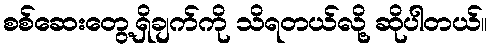
စစ်ဆေးတွေ့ရှိချက်ကို သိရတယ်လို့ ဆိုပါတယ်။